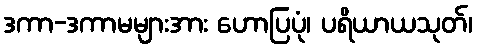
ဒကာ-ဒကာမများအား ဟောပြပုံ၊ ပရိယာယသုတ်၊